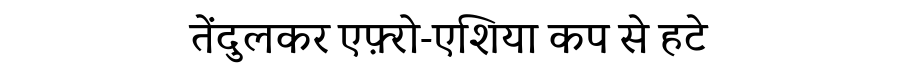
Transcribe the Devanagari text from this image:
तेंदुलकर एफ़्रो-एशिया कप से हटे